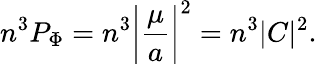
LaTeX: n^{3}P_{\mathrm{\Phi}}=n^{3}\biggl\vert\frac{\mu}{a}\biggr\vert^{2}=n^{3}\vert C\vert^{2}.